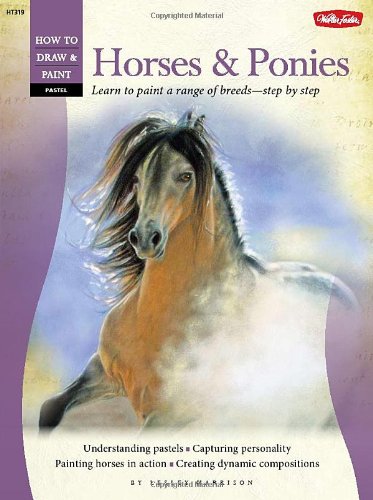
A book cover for Pastel: Horses & Ponies (How to Draw & Paint); Lesley Harrison; Arts & Photography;